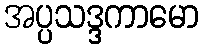
အပ္ပသဒ္ဒကာမော